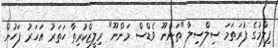
ފިލްމުުގެ ފުރަތަމަ ސިލްސިލާ "ތަންނޫ ވެޑްސް މަންނޫ" ރިލީޒްކުރިތާ ހަތަރު އަހަރު ފަހުން